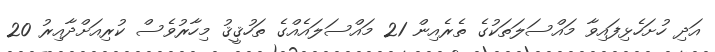
އަދި ހުށަހެޅިފައިވާ މައްސަލަތަކުގެ ތެރެއިން 21 މައްސަލައެއްގެ ތަހުޤީޤު މިހާރުވެސް ކުރިއަށްދާއިރު 20